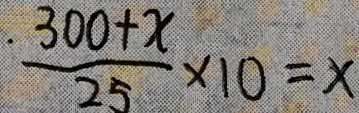
\frac { 3 0 0 + x } { 2 5 } \times 1 0 = x